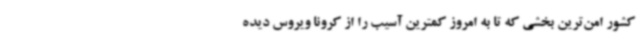
کشور امن‌ترین بخشی که تا به امروز کمترین آسیب را از کرونا ویروس دیده